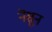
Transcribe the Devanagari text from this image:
नॆसून